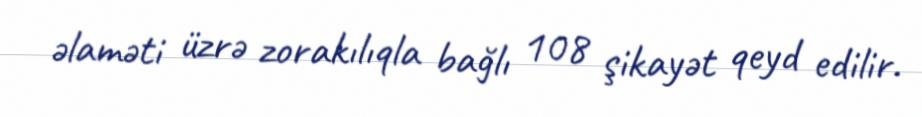
əlaməti üzrə zorakılıqla bağlı 108 şikayət qeyd edilir.